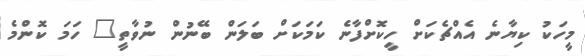
މީހަކު ކިޔާނެ އެއްޗެކަށް ހީކޮށްފާނެ ކަމަކަށް ބަލަން ބޭނުން ނުވާތީ" ހަމަ ކޮންމެ